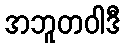
အဘူတဝါဒီ